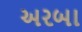
અરબા